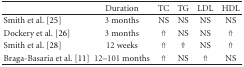
|  | Duration | TC | TG | LDL | HDL |
 | --- | --- | --- | --- | --- | --- |
 | Smith et al. [25] | 3 months | NS | NS | NS | NS |
 | Dockery et al. [26] | 3 months | ⇑ | NS | NS | ⇑ |
 | Smith et al. [28] | 12 weeks | ⇑ | ⇑ | NS | ⇑ |
 | Braga-Basaria et al. [11] | 12–101 months | ⇑ | NS | ⇑ | NS |